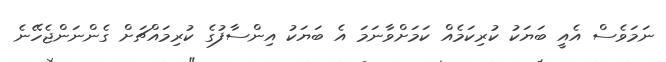
ނަމަވެސް އެއީ ބަޔަކު ކުރިކަމެއް ކަމަށްވާނަމަ އެ ބަޔަކު އިންސާފުގެ ކުރިމައްޗަށް ގެންނަންޖެހޭނެ